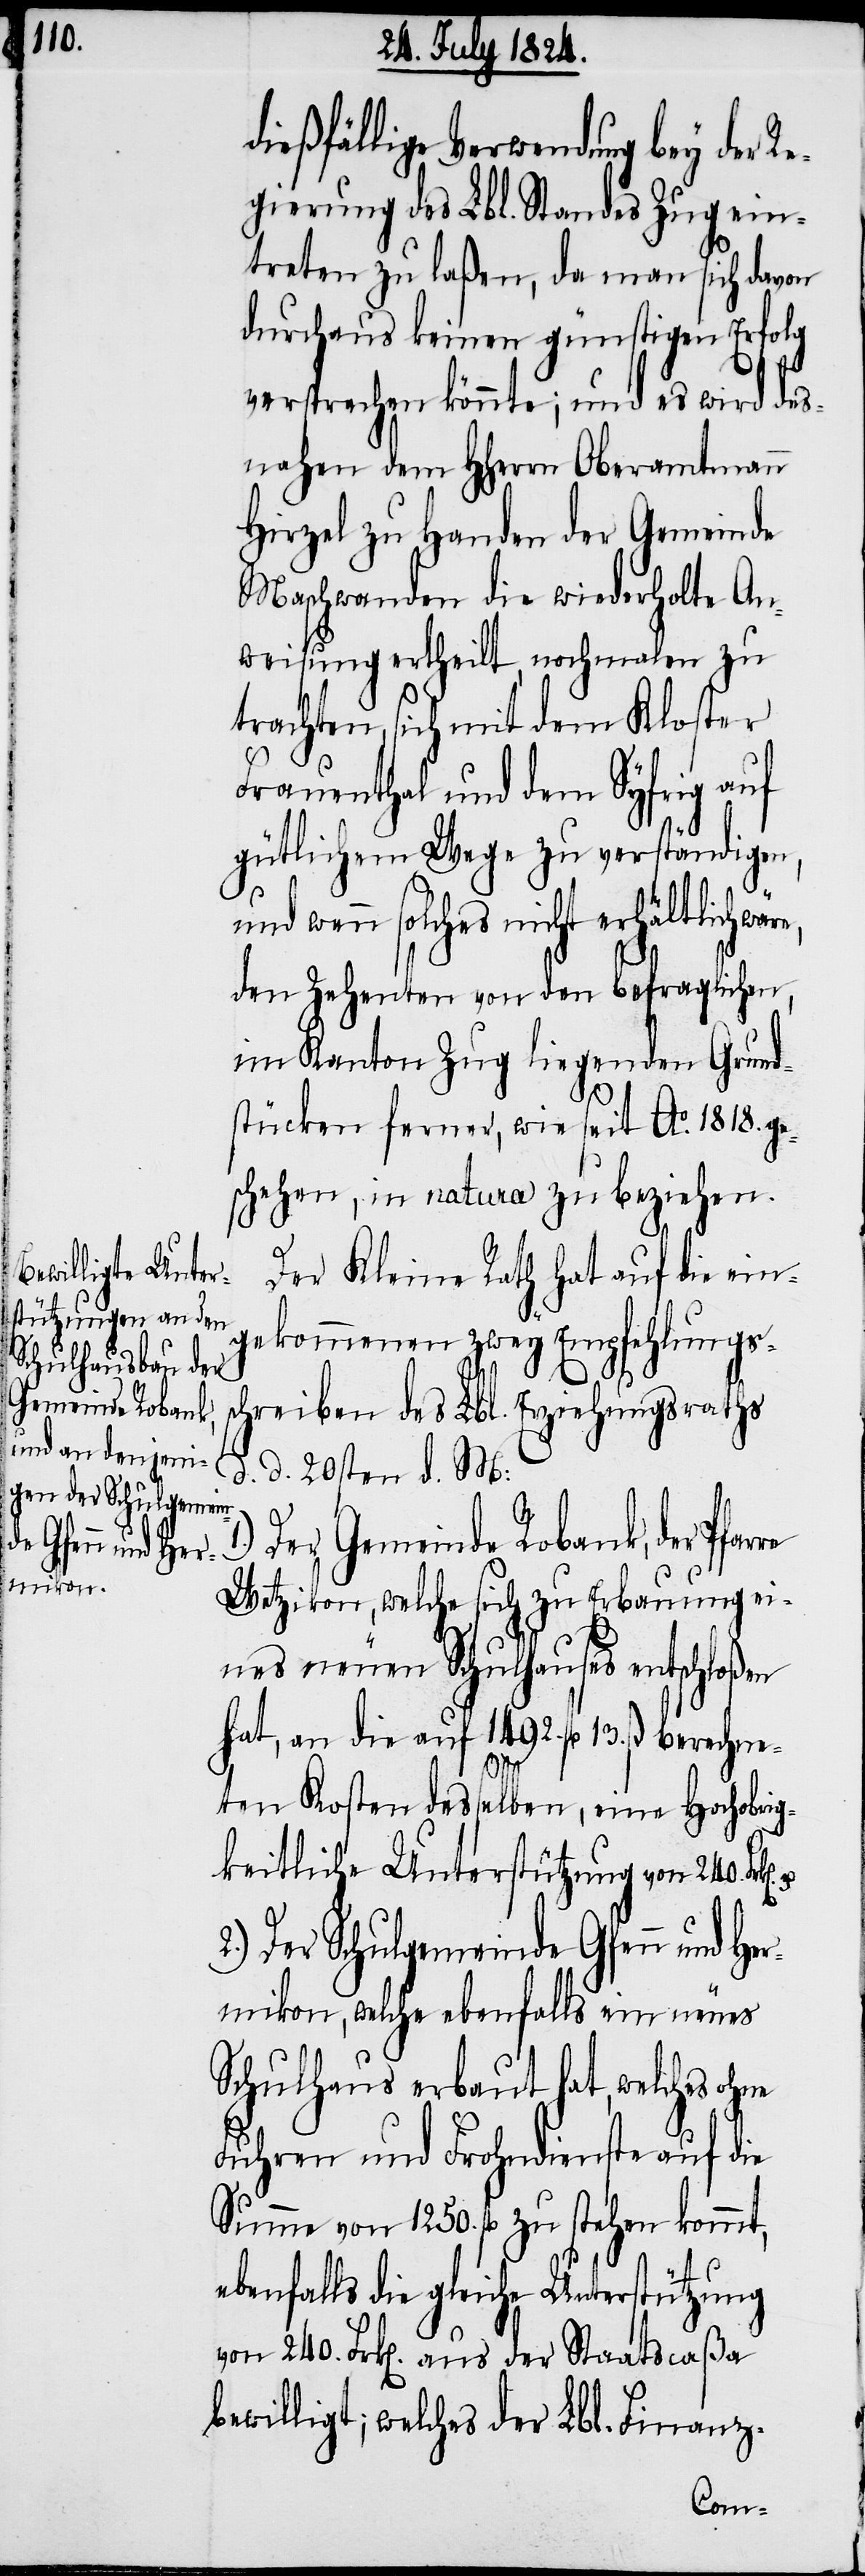
2.) Der Schulgemein¬
de Gfenn und Her¬

dießfällige Verwendung bey der R¬
egierung des Lbl. Standes Zug ein¬
treten zu laßen, da man sich davon
durchaus keinen günstigen Erfolg
versprechen könnte; und es wird des¬
nahen dem HHerrn Oberamtmann
Hirzel zu Handen der Gemeinde
Maschwanden die wiederholte An¬
weisung ertheilt, nochmalen zu
trachten, sich mit dem Kloster
Frauenthal und dem Syfrig auf
gütlichem Wege zu verständigen,
und wenn solches nicht erhältlich
den Zehenten von den befraglichen,
im Kanton Zug liegenden Grund¬
stücken ferner, wie seit Ao. 1818. ge¬
schehen, in natura zu beziehen.
Der Kleine Rath hat auf die ein¬
gekommenen zwey Empfehlungs¬
chreiben des Lbl. Erziehungsrathes
d. d. 20sten d. M:
1.)
Der Gemeinde Robank, der Pfa¬
u.
Wetzikon, welche sich zu Erbauung ei¬
nes neuen Schulhauses entschloßen
hat, an die auf 1492. fl. 13. ß. berechne¬
ten Kosten desselben, eine Hochobrig¬
keitliche Unterstützung von 240.
mikon, welche ebenfalls ein neues
Schulhaus erbaut hat, welches ohne
Fuhren und Frohndienste auf die
Summe von 1250. fl. zu stehen kommt,
ebenfalls die gleiche Unterstützung
von 240. Frk[en]. aus der Staatscaßa
bewilligt; welches der Lbl. Finanz-